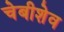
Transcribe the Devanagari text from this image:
चेबीशेव